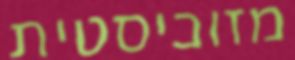
מזוכיסטית